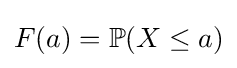
F(a)=\mathbb {P} (X\leq a)